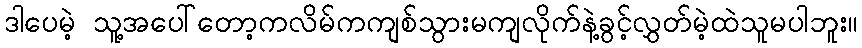
ဒါပေမဲ့ သူ့အပေါ်တော့ကလိမ်ကကျစ်သွားမကျလိုက်နဲ့ခွင့်လွှတ်မဲ့ထဲသူမပါဘူး။